Report of the Indian Hemp Drugs Commission, 1894-1895 - Volume I
Year: 1894
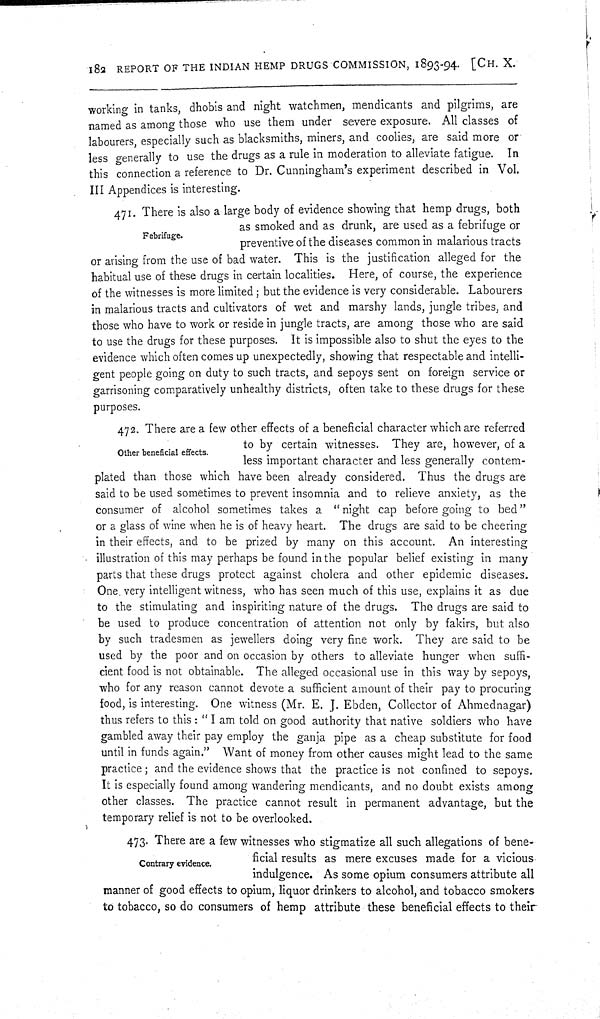
182 REPORT OF THE INDIAN HEMP DRUGS COMMISSION, 1893-94. [CH. X.
working in tanks, dhobis and night watchmen, mendicants and pilgrims, are
named as among those who use them under severe exposure. All classes of
labourers, especially such as blacksmiths, miners, and coolies, are said more or
less generally to use the drugs as a rule in moderation to alleviate fatigue. In
this connection a reference to Dr. Cunningham's experiment described in Vol.
III Appendices is interesting.
Febrifuge.
471. There is also a large body of evidence showing that hemp drugs, both
as smoked and as drunk, are used as a febrifuge or
preventive of the diseases common in malarious tracts
or arising from the use of bad water. This is the justification alleged for the
habitual use of these drugs in certain localities. Here, of course, the experience
of the witnesses is more limited; but the evidence is very considerable. Labourers
in malarious tracts and cultivators of wet and marshy lands, jungle tribes, and
those who have to work or reside in jungle tracts, are among those who are said
to use the drugs for these purposes. It is impossible also to shut the eyes to the
evidence which often comes up unexpectedly, showing that respectable and intelli-
gent people going on duty to such tracts, and sepoys sent on foreign service or
garrisoning comparatively unhealthy districts, often take to these drugs for these
purposes.
Other beneficial effects.
472. There are a few other effects of a beneficial character which are referred
to by certain witnesses. They are, however, of a
less important character and less generally contem-
plated than those which have been already considered. Thus the drugs are
said to be used sometimes to prevent insomnia and to relieve anxiety, as the
consumer of alcohol sometimes takes a "night cap before going to bed"
or a glass of wine when he is of heavy heart. The drugs are said to be cheering
in their effects, and to be prized by many on this account. An interesting
illustration of this may perhaps be found in the popular belief existing in many
parts that these drugs protect against cholera and other epidemic diseases.
One very intelligent witness, who has seen much of this use, explains it as due
to the stimulating and inspiriting nature of the drugs. The drugs are said to
be used to produce concentration of attention not only by fakirs, but also
by such tradesmen as jewellers doing very fine work. They are said to be
used by the poor and on occasion by others to alleviate hunger when suffi-
cient food is not obtainable. The alleged occasional use in this way by sepoys,
who for any reason cannot devote a sufficient amount of their pay to procuring
food, is interesting. One witness (Mr. E. J. Ebden, Collector of Ahmednagar)
thus refers to this: "I am told on good authority that native soldiers who have
gambled away their pay employ the ganja pipe as a cheap substitute for food
until in funds again." Want of money from other causes might lead to the same
practice; and the evidence shows that the practice is not confined to sepoys.
It is especially found among wandering mendicants, and no doubt exists among
other classes. The practice cannot result in permanent advantage, but the
temporary relief is not to be overlooked.
Contrary evidence.
473. There are a few witnesses who stigmatize all such allegations of bene-
ficial results as mere excuses made for a vicious
indulgence. As some opium consumers attribute all
manner of good effects to opium, liquor drinkers to alcohol, and tobacco smokers
to tobacco, so do consumers of hemp attribute these beneficial effects to their